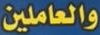
والعاملين